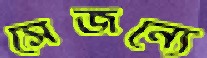
সেজন্যে